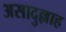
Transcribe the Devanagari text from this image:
असादुल्लाह